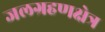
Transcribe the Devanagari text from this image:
जलग्रहणक्षेत्र